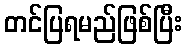
တင်ပြရမည်ဖြစ်ပြီး